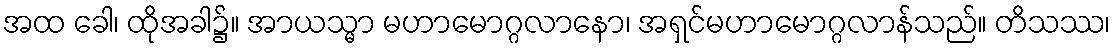
အထ ခေါ၊ ထိုအခါ၌။ အာယသ္မာ မဟာမောဂ္ဂလာနော၊ အရှင်မဟာမောဂ္ဂလာန်သည်။ တိသဿ၊